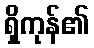
ရှိကုန်၏